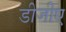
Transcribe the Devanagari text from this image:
डीजीए